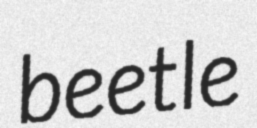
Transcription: beetle